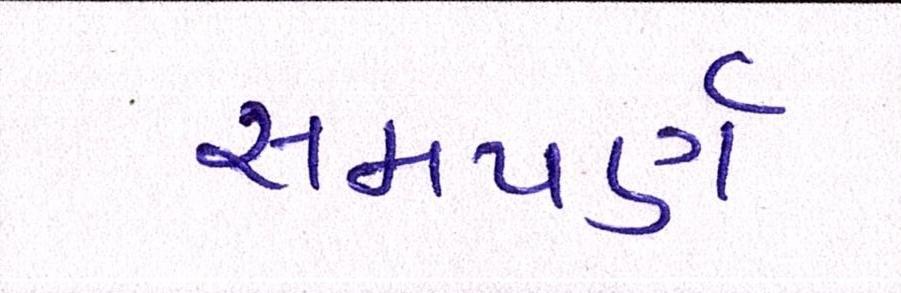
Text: સમપર્ણ